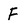
Character: F